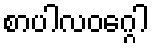
စာပါလဝဂ္ဂေါ